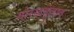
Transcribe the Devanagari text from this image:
गोरखकुंडात